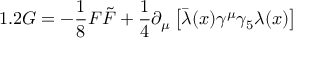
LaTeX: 1 . 2 G = - \frac { 1 } { 8 } F \tilde { F } + \frac { 1 } { 4 } \partial _ { \mu } \left[ \bar { \lambda } ( x ) \gamma ^ { \mu } \gamma _ { 5 } \lambda ( x ) \right]